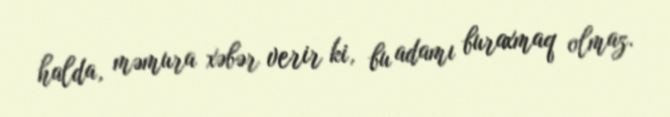
halda, məmura xəbər verir ki, bu adamı buraxmaq olmaz.